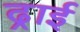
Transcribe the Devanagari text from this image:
ढ्राई